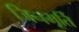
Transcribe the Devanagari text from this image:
जिनमूर्ति